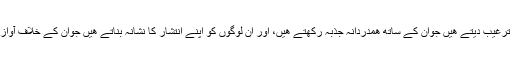
ان لوگوں کو ترغيب ديتے ھيں جوان کے ساتھ ھمدردانہ جذبہ رکھتے ھيں، اور ان لوگوں کو اپنے انتشار کا نشانہ بناتے ھيں جوان کے خلاف آواز اٹھاتے ھيں۔